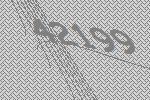
42199